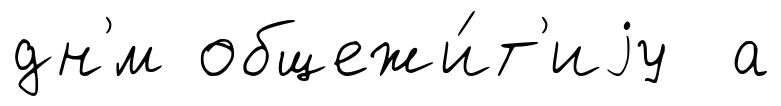
дн'́м общежи́т'иjу а